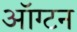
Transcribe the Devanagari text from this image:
ऑग्टन